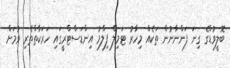
ބޮލީވުޑްގެ ގިނަ ފަންނާނުން ތަކެއް މިހާރު ޓަމިލް ފިލްމު އިންޑަސްޓްރީގައި ހަރަކާތްތެރި ވުމަށް